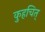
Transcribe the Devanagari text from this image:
कुहचित्